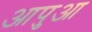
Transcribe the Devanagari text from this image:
आपुआ